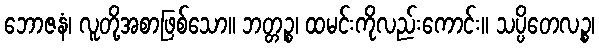
ဘောဇနံ၊ လူတို့အစာဖြစ်သော။ ဘတ္တဉ္စ၊ ထမင်းကိုလည်းကောင်း။ သပ္ပိတေလဉ္စ၊